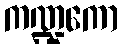
ကဏ္ဍကော